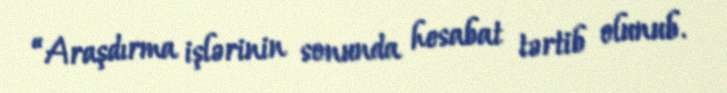
“Araşdırma işlərinin sonunda hesabat tərtib olunub.